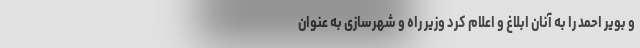
و بویر احمد را به آنان ابلاغ و اعلام کرد وزیر راه و شهرسازی به عنوان